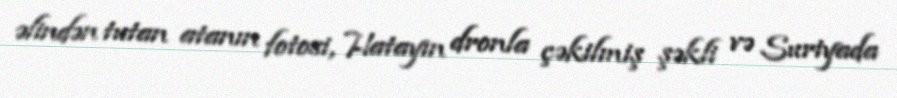
əlindən tutan atanın fotosi, Hatayın dronla çəkilmiş şəkli və Suriyada